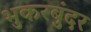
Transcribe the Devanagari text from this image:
भुकरबुंदर